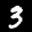
Label: 3